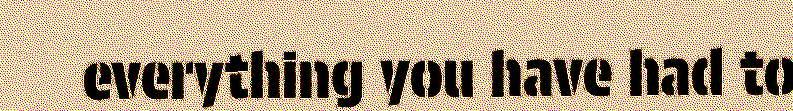
everything you have had to